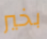
بخير